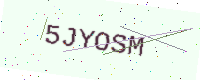
Text: 5JYOSM